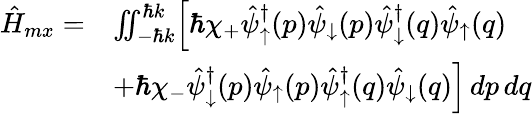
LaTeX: \begin{array}{rl}{\hat{H}_{mx}=}&{\iint_{-\hbar k}^{\hbar k}\Bigr[\hbar\chi_{+}\hat{\psi}_{\uparrow}^{\dagger}(p)\hat{\psi}_{\downarrow}(p)\hat{\psi}_{\downarrow}^{\dagger}(q)\hat{\psi}_{\uparrow}(q)}\\ &{+\hbar\chi_{-}\hat{\psi}_{\downarrow}^{\dagger}(p)\hat{\psi}_{\uparrow}(p)\hat{\psi}_{\uparrow}^{\dagger}(q)\hat{\psi}_{\downarrow}(q)\Bigr]\, dp\, dq}\end{array}